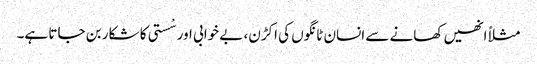
مثلاً انھیں کھانے سے انسان ٹانگوں کی اکڑن، بے خوابی اور سْستی کا شکار بن جاتا ہے۔